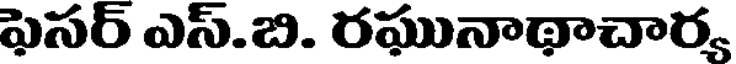
ఫెసర్ ఎస్.బి. రఘునాథాచార్య